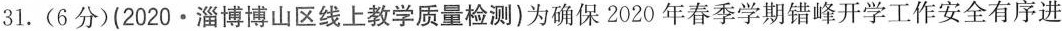
31.(6分)(2020·淄博博山区线上教学质量检测)为确保2020年春季学期错峰开学工作安全有序进